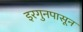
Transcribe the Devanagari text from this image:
इरगुनपासून